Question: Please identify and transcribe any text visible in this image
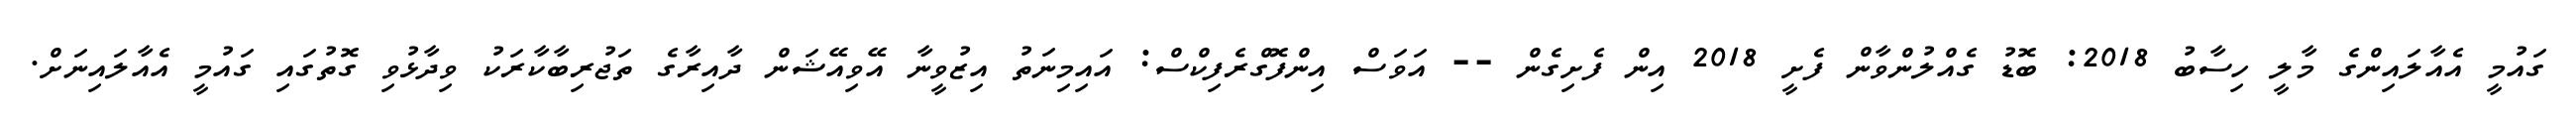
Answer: ގައުމީ އެއާލައިންގެ މާލީ ހިސާބު 2018: ބޮޑު ގެއްލުންވާން ފެށީ 2018 އިން ފެށިގެން -- އަވަސް އިންފޮގްރެފިކްސް: އައިމިނަތު އިޒުވީނާ އޭވިއޭޝަން ދާއިރާގެ ތަޖުރިބާކާރަކު ވިދާޅުވި ގޮތުގައި ގައުމީ އެއާލައިނަށް.